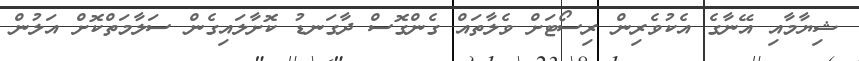
ޝިޔާމާއި އޭނާގެ އެކުވެރިން ރިސޯޓަށް ވެލާތައް ގެންގޮސް ދާގަނޑު ކޮށާލައިގެން ސަލާމަތްކޮށް އަލުން